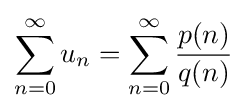
\sum _{n=0}^{\infty }u_{n}=\sum _{n=0}^{\infty }{\frac {p(n)}{q(n)}}